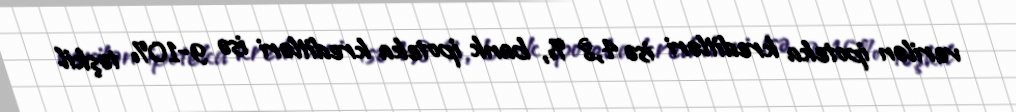
verilən ipoteka kreditləri isə 4,8 %, bank ipoteka kreditləri isə 9-10% təşkil